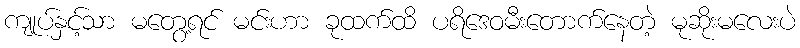
ကျုပ်နှင့်သာ မတွေ့ရင် မင်းဟာ ခုထက်ထိ ပရိဒေဝမီးတောက်နေတဲ့ မုဆိုးမလေးပဲ